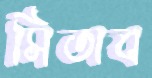
সিতাব